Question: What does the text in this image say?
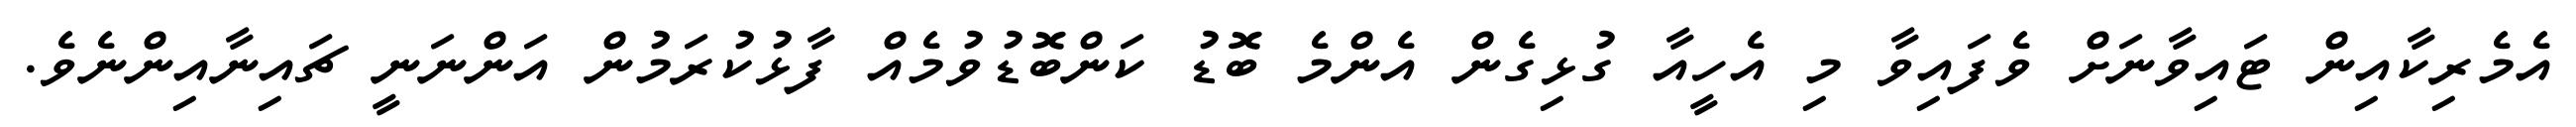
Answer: އެމެރިކާއިން ޓައިވާނަށް ވެފައިވާ މި އެހީއާ ގުޅިގެން އެންމެ ބޮޑު ކަންބޮޑުވުމެއް ފާޅުކުރަމުން އަންނަނީ ޗައިނާއިންނެވެ.